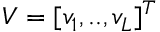
V = [ v _ { 1 } , . . , v _ { L } ] ^ { T }